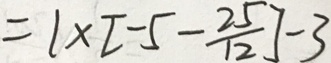
= 1 \times [ - 5 - \frac { 2 5 } { 1 2 } ] - 3